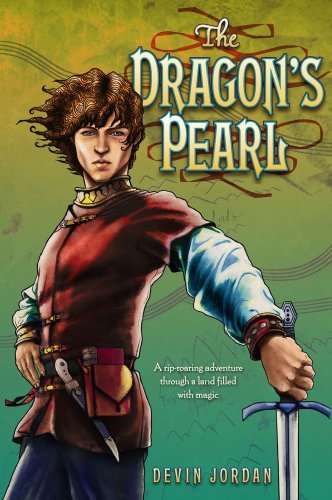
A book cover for The Dragon's Pearl; Devin Jordan; Teen & Young Adult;